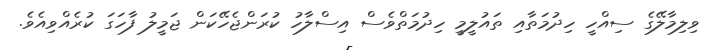
ވިލިމާލޭގެ ސިއްހީ ހިދުމަތާއި ތައުލީމީ ހިދުމަތްވެސް އިސްލާހު ކުރަންޖެހޭކަން ޖަމީލު ފާހަގަ ކުރެއްވިއެވެ.